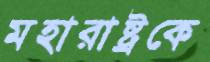
মহারাষ্ট্রকে